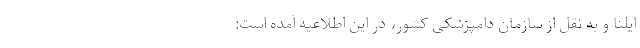
ایلنا و به نقل از سازمان دامپزشکی کشور، در این اطلاعیه آمده است: